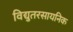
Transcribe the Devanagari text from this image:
विद्युतरसायनिक